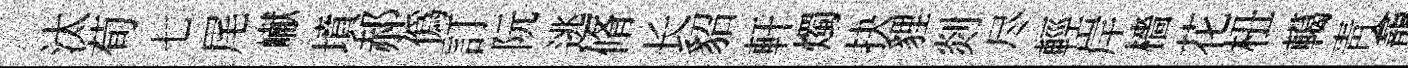
汰荀七尾𪩘墳郝偽訂阮逃脩长貂軒燭抉貍剡尽輕岸檣花杻轕靑龕